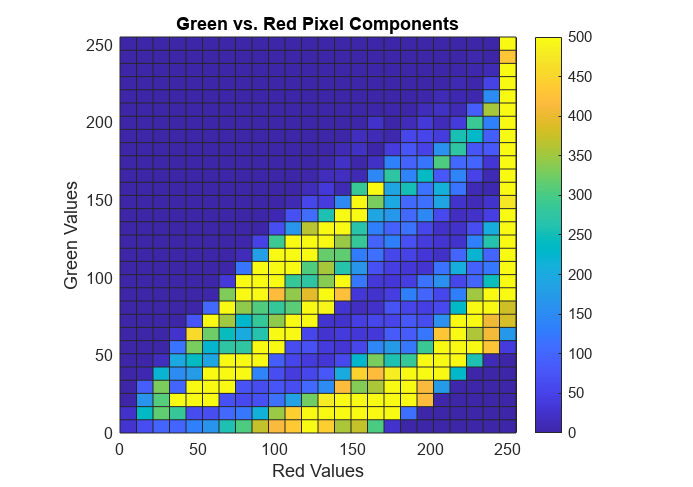
matlab, histogram2, colorbar